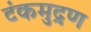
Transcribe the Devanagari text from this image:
टंकमुद्रण